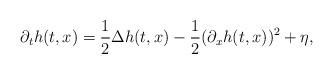
LaTeX: \begin{align*}\partial_t h(t,x)= \frac 12 \Delta h(t,x)- \frac 1 2 (\partial_ x h(t,x))^2 + \eta,\end{align*}